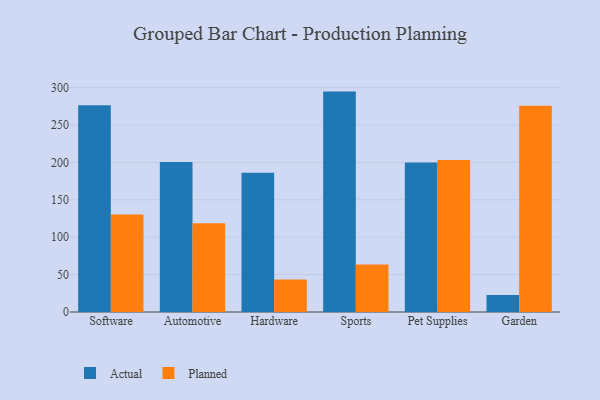
{"axis": {"x": "Category", "y": "LTV (USD)"}, "legend": ["Actual", "Planned"], "data": [{"x": "Software", "y": 276.5, "type": "Actual"}, {"x": "Software", "y": 130.4, "type": "Planned"}, {"x": "Automotive", "y": 200.7, "type": "Actual"}, {"x": "Automotive", "y": 118.8, "type": "Planned"}, {"x": "Hardware", "y": 186.3, "type": "Actual"}, {"x": "Hardware", "y": 43.4, "type": "Planned"}, {"x": "Sports", "y": 294.7, "type": "Actual"}, {"x": "Sports", "y": 63.6, "type": "Planned"}, {"x": "Pet Supplies", "y": 199.8, "type": "Actual"}, {"x": "Pet Supplies", "y": 203.4, "type": "Planned"}, {"x": "Garden", "y": 22.7, "type": "Actual"}, {"x": "Garden", "y": 275.8, "type": "Planned"}]}